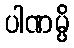
ပါဏမ္ပိ